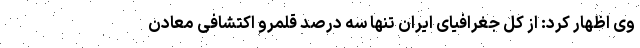
وی اظهار کرد: از کل جغرافیای ایران تنها سه درصد قلمرو اکتشافی معادن